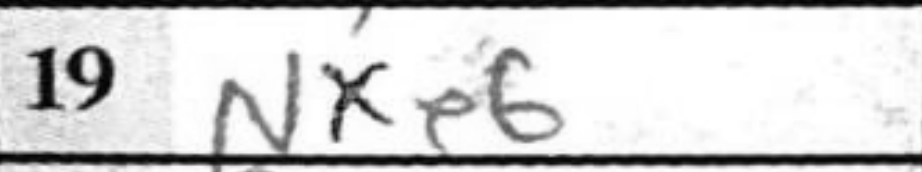
Transcription: Nxe6